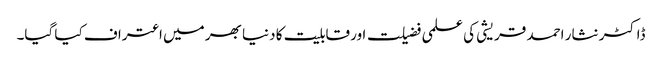
ڈاکٹر نثار احمد قریشی کی علمی فضیلت اور قابلیت کا دنیا بھر میں اعتراف کیا گیا۔